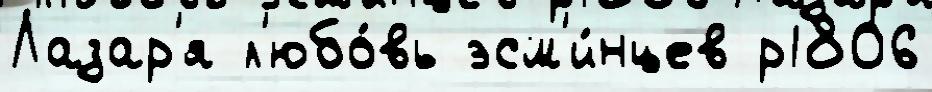
Лазар'я л'юбо́вь эсм'и́нцев р1806